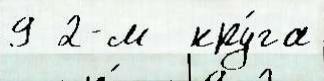
9 2-м  кру́га